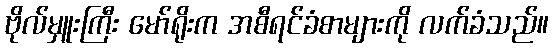
ဗိုလ်မှူးကြီး မော်ရိုးက အစီရင်ခံစာများကို လက်ခံသည်။